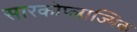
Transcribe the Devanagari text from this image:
सारकोप्लाज्मिक